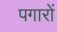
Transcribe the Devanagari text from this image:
पगारों